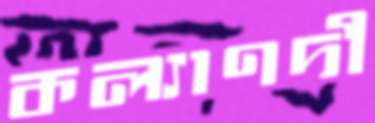
কল্যাণদী